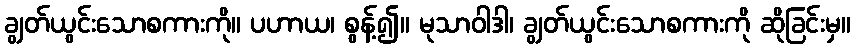
ချွတ်ယွင်းသောစကားကို။ ပဟာယ၊ စွန့်၍။ မုသာဝါဒါ၊ ချွတ်ယွင်းသောစကားကို ဆိုခြင်းမှ။